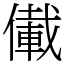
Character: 儎